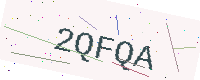
Text: 2QFQA